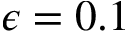
\epsilon = 0 . 1